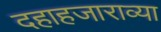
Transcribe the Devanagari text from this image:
दहाहजाराव्या